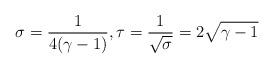
LaTeX: \begin{align*} \sigma = \frac {1} {4(\gamma -1)}, \tau = \frac {1} {\sqrt \sigma }= 2 \sqrt{\gamma -1}\end{align*}